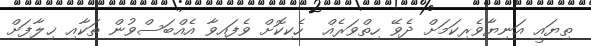
ތިޔައީ އަނިޔާވެރިކަމަށް ދެވޭ ހިތްވަރެއް  ހެކިކޮށް ވެފައިވާ އެއްބަސްވުން ތަކާއި ޚިލާފަށް